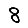
Digit: 8